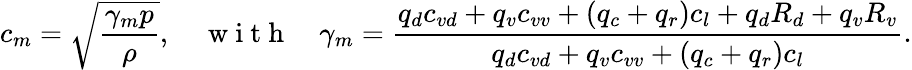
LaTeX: c_{m}=\sqrt{\frac{\gamma_{m}p}{\rho}},\quad\mathrm{~w~i~t~h~}\quad\gamma_{m}=\frac{q_{d}c_{vd}+q_{v}c_{vv}+(q_{c}+q_{r})c_{l}+q_{d}R_{d}+q_{v}R_{v}}{q_{d}c_{vd}+q_{v}c_{vv}+(q_{c}+q_{r})c_{l}}.